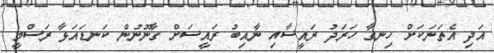
އަދި އެތަނަކަށް ހިނގާ ހަރަދު ރައީސާއި ނާއިބު ރައީސަށް ގާނޫނުން ކަނޑައަޅާ ރަސްމީ